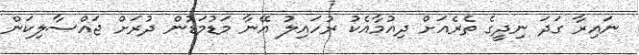
ނައިރާ ގަދަ ނިދީގެ ތެރެއަށް ދިއުމާއެކު ރުހައިލު އޭނާ މަޑުމަޑުން ދުރަށް ޖައްސާލިކަން